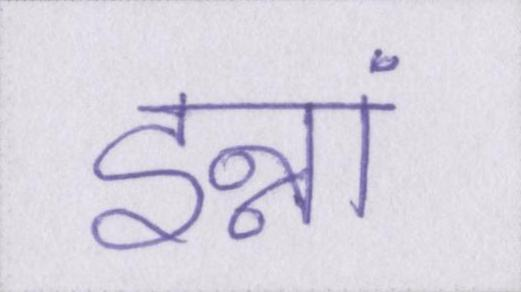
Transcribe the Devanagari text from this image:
इन्नां